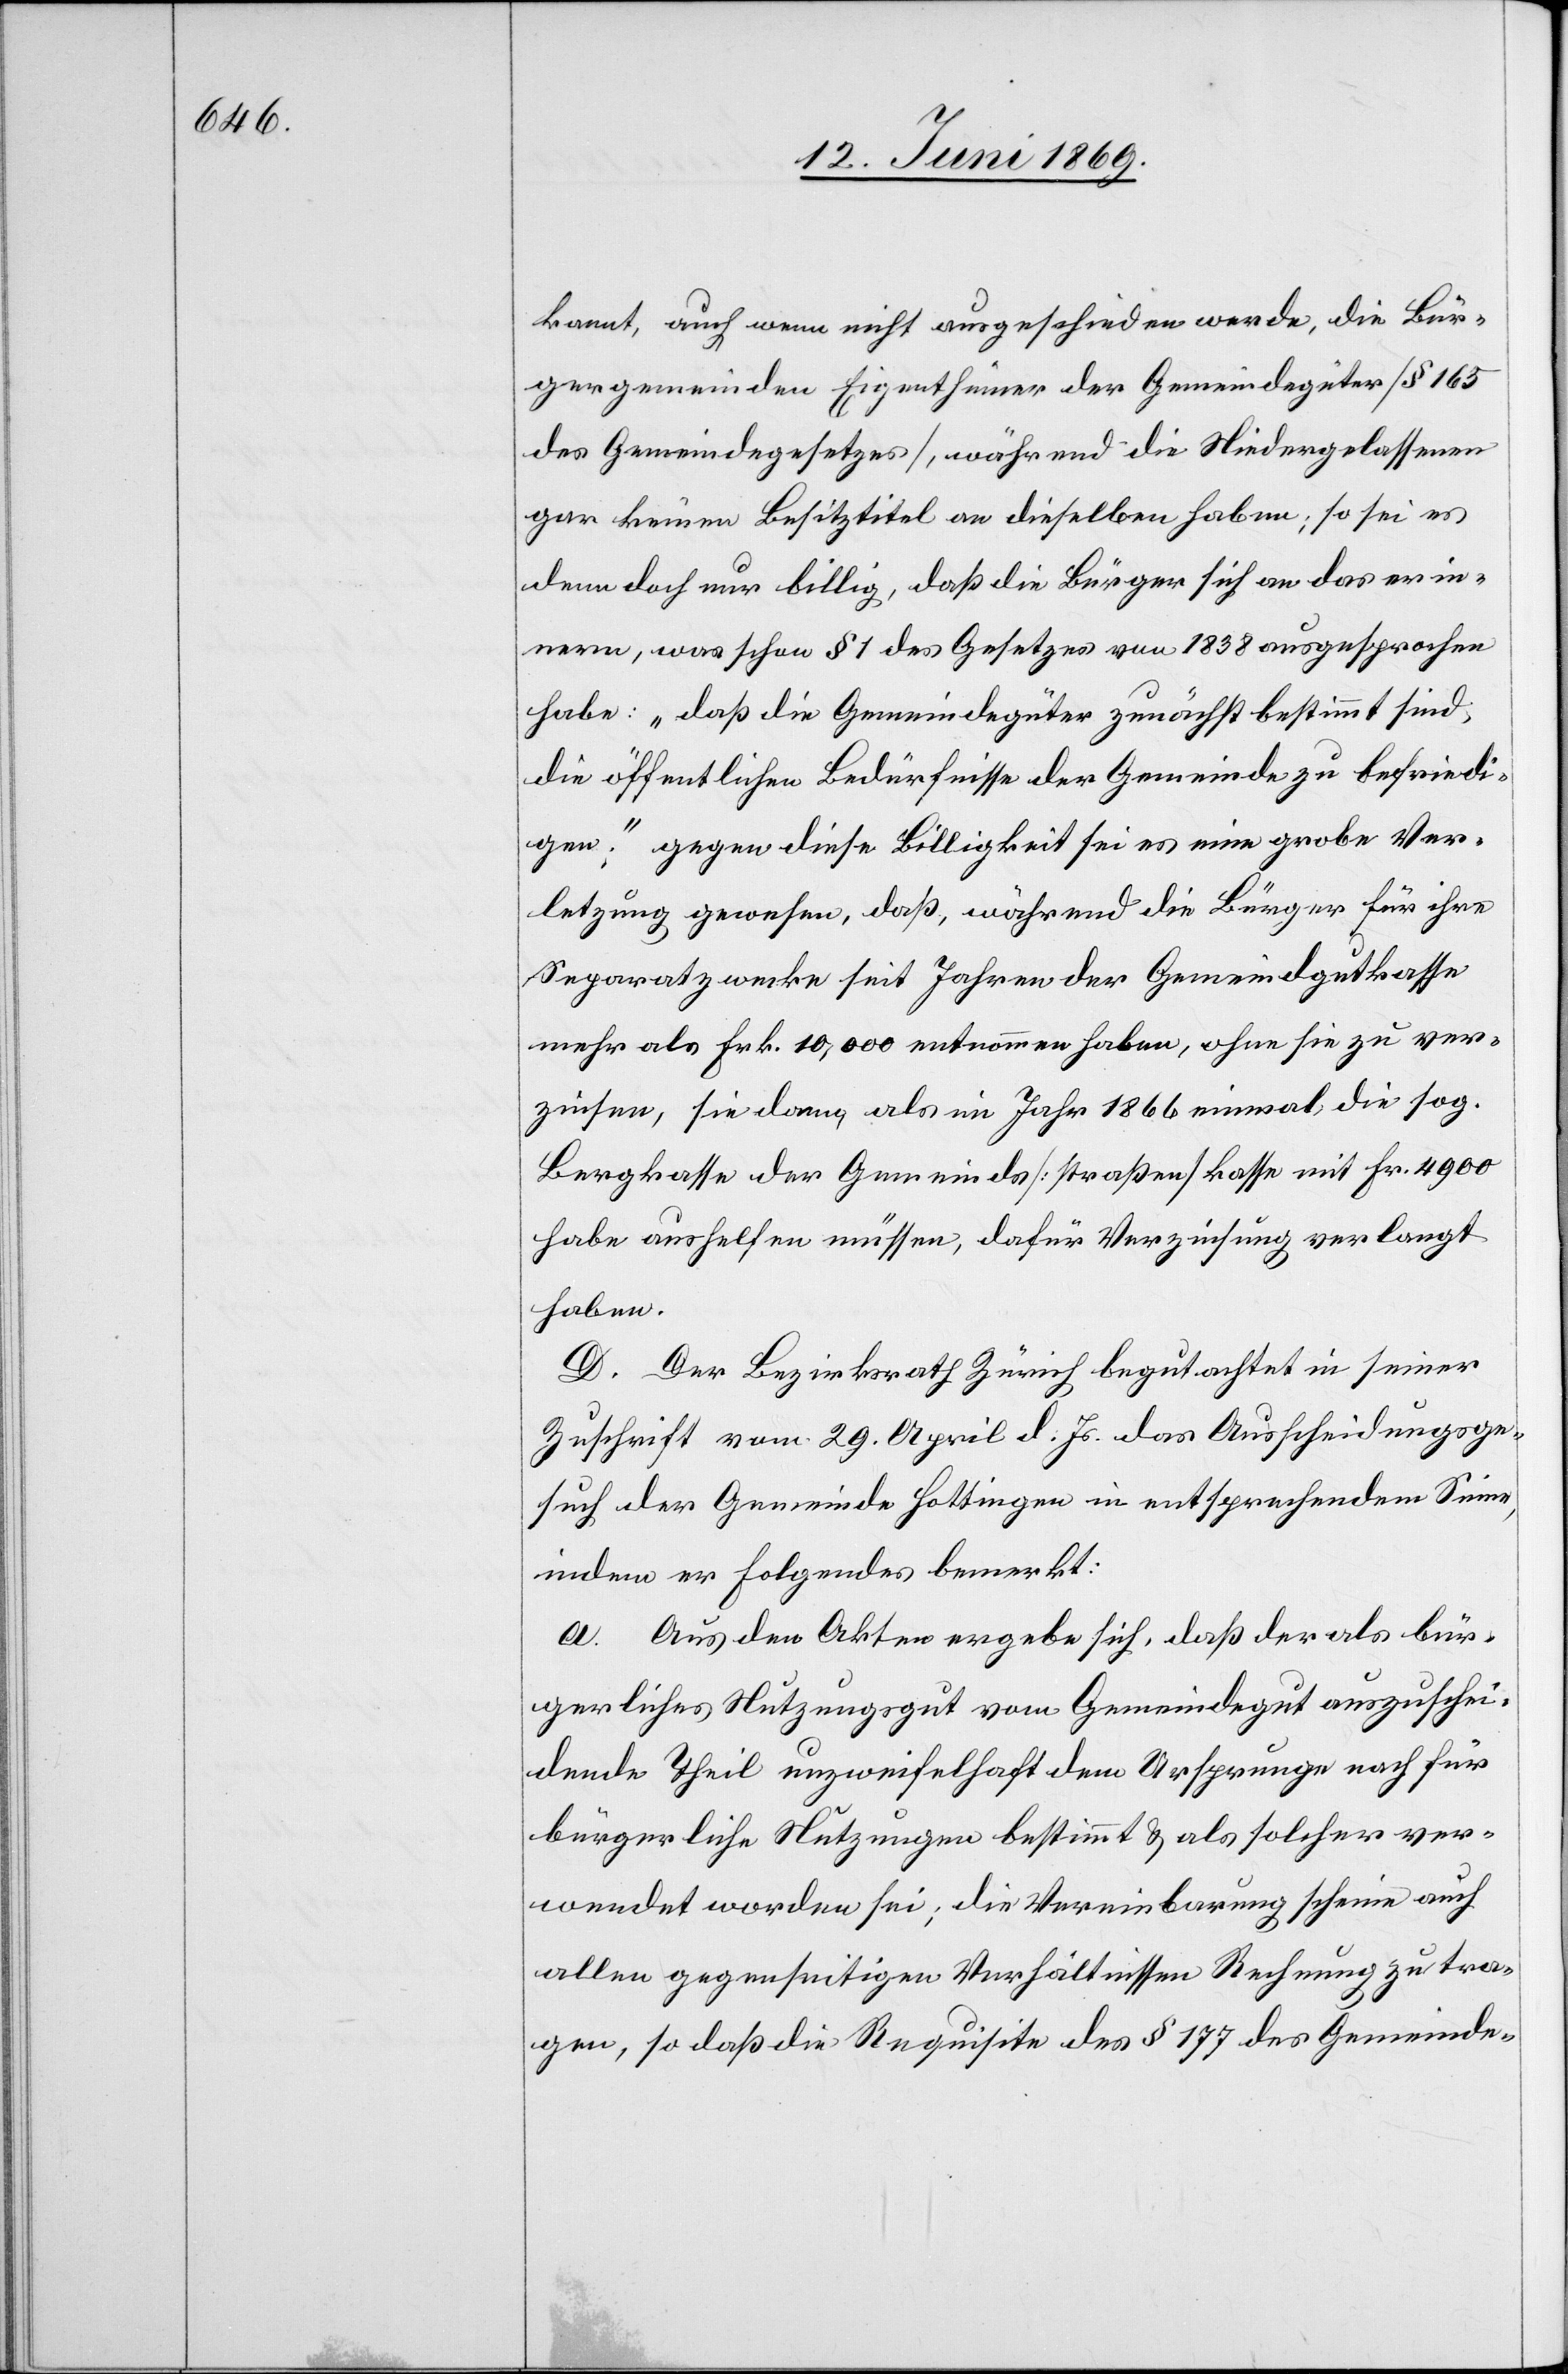
kannt, auch wenn nicht ausgeschieden werde, die Bür¬
gergemeinden Eigenthümer der Gemeindegüter [§ 165
des Gemeindegesetzes], während die Niedergelassenen
gar keinen Besitztitel an dieselben haben; so sei es
denn doch nur billig, daß die Bürger sich an das erin¬
nern, was schon § 1 des Gesetzes von 1838 ausgesprochen
habe: „daß die Gemeindegüter zunächst bestimmt sind,
die öffentlichen Bedürfnisse der Gemeinde zu befriedi¬
gen“; gegen diese Billigkeit sei es eine grobe Ver¬
letzung gewesen, daß, während die Bürger für ihre
Separatzwecke seit Jahren der Gemeindgutkasse
mehr als Frk. 10,000 entnommen haben, ohne sie zu ver¬
zinsen, sie dann, als im Jahr 1866 einmal, die sog.
Bergkasse der Gemeinds[straßen]kasse mit Fr. 4900
habe aushelfen müssen, dafür Verzinsung verlangt
haben.
D. Der Bezirksrath Zürich begutachtet in seiner
Zuschrift vom 29. April d. Js. das Ausscheidungsge¬
such der Gemeinde Hottingen in entsprechendem Sinne,
indem er Folgendes bemerkt:
a. Aus den Akten ergebe sich, daß der als bür¬
gerliches Nutzungsgut vom Gemeindegut auszuschei¬
dende Theil unzweifelhaft dem Ursprunge nach für
bürgerliche Nutzungen bestimmt u. als solcher ver¬
wendet worden sei; die Vereinbarung scheine auf
allen gegenseitigen Verhältnissen Rechnung zu tra¬
gen, so daß die Requisite des § 177 des Gemeinde-